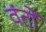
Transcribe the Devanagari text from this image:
वंतों